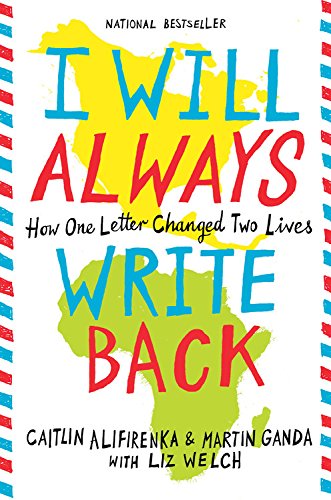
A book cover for I Will Always Write Back: How One Letter Changed Two Lives; Martin Ganda; Teen & Young Adult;